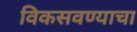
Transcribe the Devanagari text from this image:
विकसवण्याचा